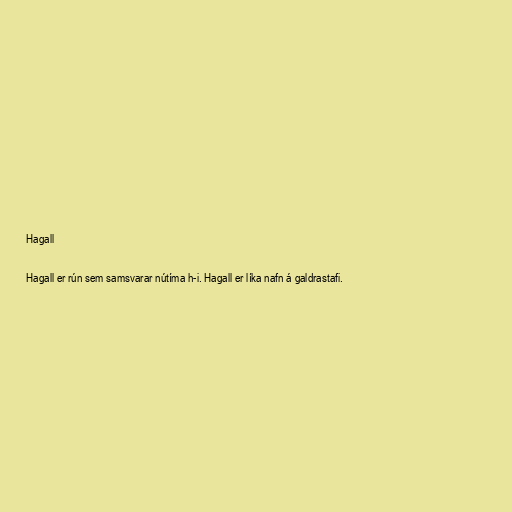
Hagall

Hagall er rún sem samsvarar nútíma h-i. Hagall er líka nafn á galdrastafi.